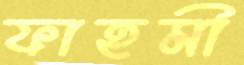
ফাহমী